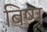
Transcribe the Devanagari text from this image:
बिष्प